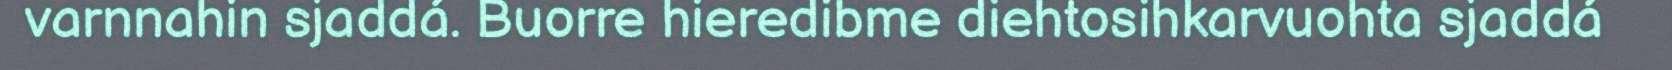
varnnahin sjaddá. Buorre hieredibme diehtosihkarvuohta sjaddá